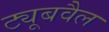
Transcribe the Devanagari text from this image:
ट्यूबवैल